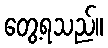
တွေ့ရသည်။